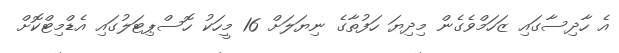
އެ ހާދިސާގައި ޒަހަމްވެގެން މިދިޔަ ހަފުތާގެ ނިޔަލަށް 16 މީހަކު ހޮސްޕިޓަލުގައި އެޑްމިޓްކޮށް